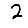
Digit: 2